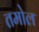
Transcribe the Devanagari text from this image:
तमोल